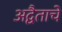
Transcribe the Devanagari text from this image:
अद्वैताचे